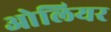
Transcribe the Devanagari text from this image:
ओलियर